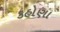
કહોણા